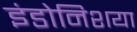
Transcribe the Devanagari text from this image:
इंडोनिशया